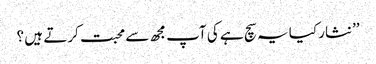
’’نثار کیا یہ سچ ہے کی آپ مجھ سے محبت کرتے ہیں ؟